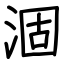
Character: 涸